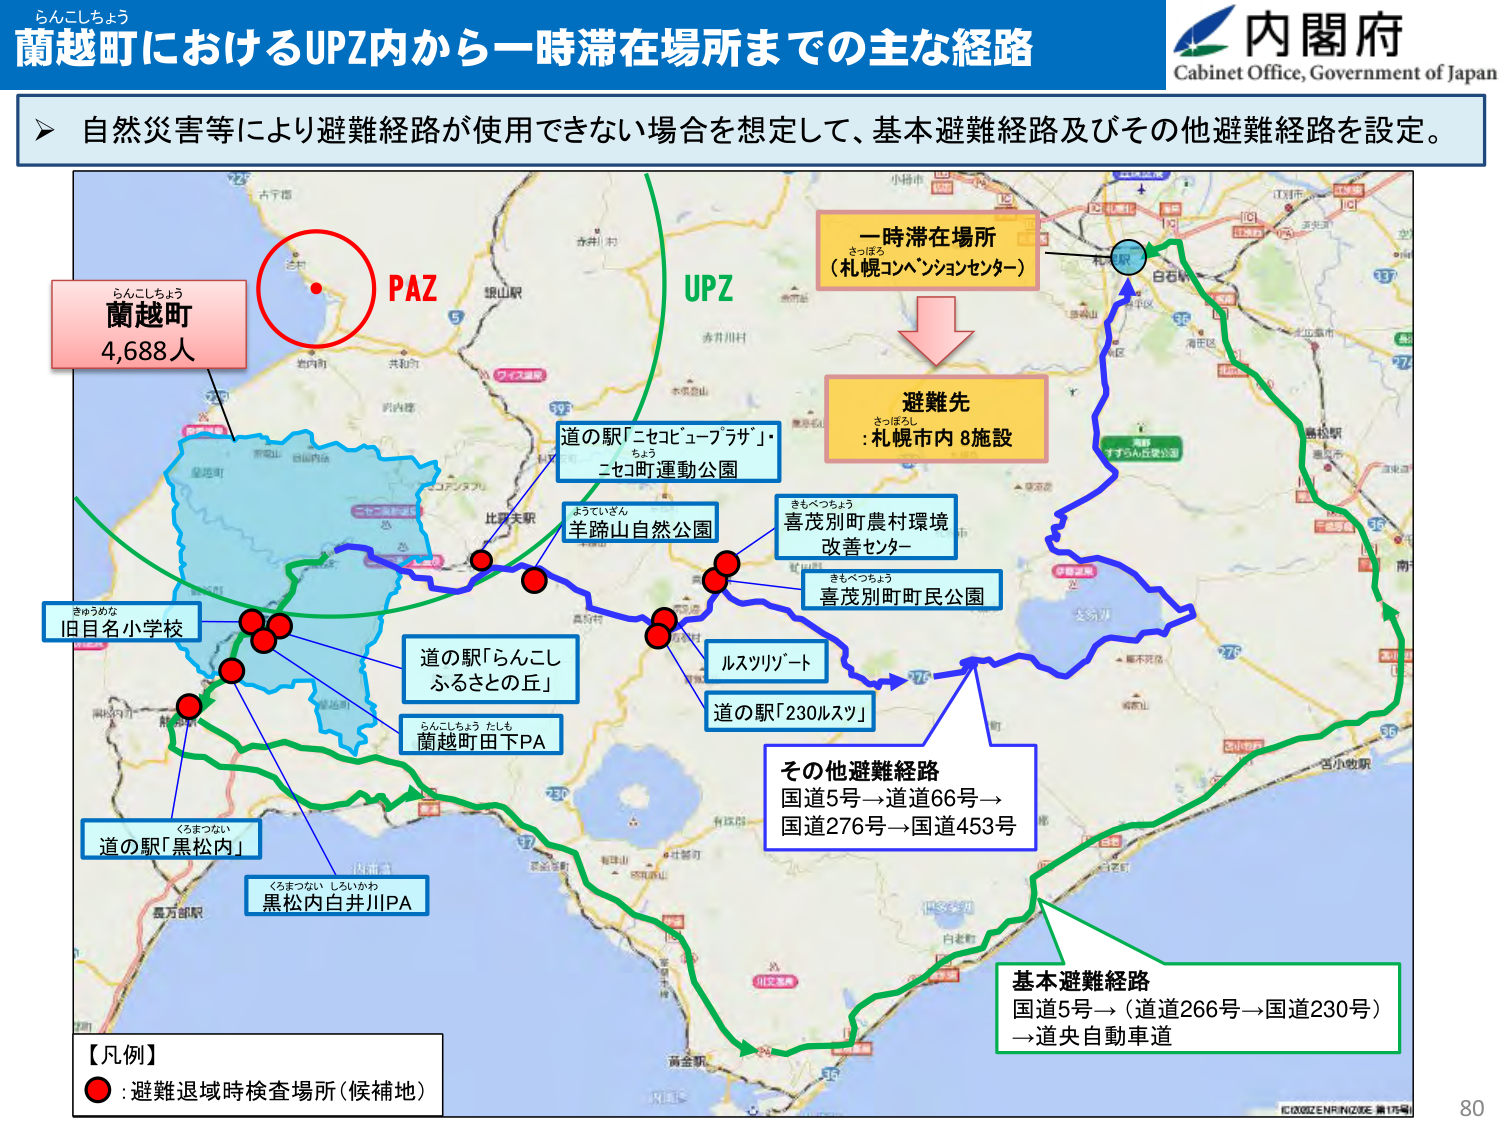
らんこしちょう
蘭越町におけるUPZ内から一時滞在場所までの主な経路
内閣府
Cabinet Office, Government of Japan

自然災害等により避難経路が使用できない場合を想定して、基本避難経路及びその他避難経路を設定。

らんこしちょう
蘭越町
4,688人

PAZ
UPZ

一時滞在場所
（札幌コンベンションセンター）

避難先
さっぽろ
: 札幌市内 8施設

道の駅「ニセコビュープラザ」・
ニセコ町運動公園

よういざん
羊蹄山自然公園

きもべつちょう
喜茂別町農村環境
改善センター

きもべつちょう
喜茂別町町民公園

ルスツリゾート

道の駅「230ルスツ」

道の駅「らんこし
ふるさとの丘」

らんこしちょう たしも
蘭越町田下PA

きゅうめな
旧目名小学校

くろまつない
道の駅「黒松内」

くろまつない しろいかわ
黒松内白井川PA

その他避難経路
国道5号→道道66号→
国道276号→国道453号

基本避難経路
国道5号→（道道266号→国道230号）
→道央自動車道

【凡例】
● : 避難退域時検査場所（候補地）

IC0302ENR-INZ03E 第17号
80